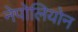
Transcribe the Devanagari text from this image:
नेपोलियोन